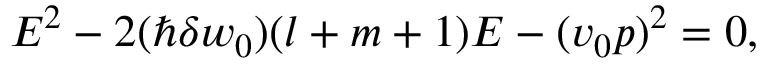
\begin{array} { r } { E ^ { 2 } - 2 ( \hbar \delta w _ { 0 } ) ( l + m + 1 ) E - ( v _ { 0 } p ) ^ { 2 } = 0 , } \end{array}